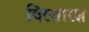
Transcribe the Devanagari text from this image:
विस्तारश